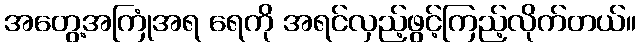
အတွေ့အကြုံအရ ရေကို အရင်လှည့်ဖွင့်ကြည့်လိုက်တယ်။